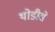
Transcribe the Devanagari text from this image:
थोडीसे